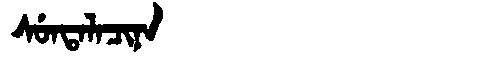
Manchu: ᠰᡠᠨᡨᠠᠯᠠᠴᡳᠨᠠ
Romanization: SUNTALACINA